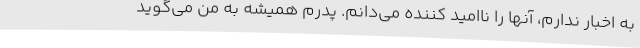
به اخبار ندارم، آنها را ناامید کننده می‌دانم. پدرم همیشه به من می‌گوید